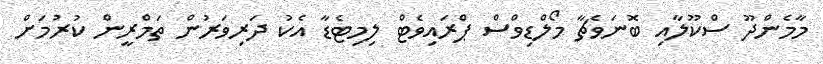
މާމެންދޫ ސްކޫލާއި ބޮނަވެޗާ މޯލްޑިވްސް ޕްރައިވެޓް ލިމިޓެޑާ އެކު ދަރިވަރުން ތަމްރީން ކުރުމަށް